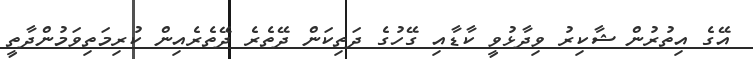
އޭގެ އިތުރުން ޝާކިރު ވިދާޅުވީ ކާޑާއި ގޭހުގެ ދަތިކަން ދޭތެރެ ދޭތެރެއިން ކުރިމަތިވަމުންދާތީ